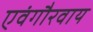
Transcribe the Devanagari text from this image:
एवंगौरवाय